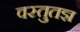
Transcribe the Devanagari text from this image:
वस्तुतज्ञ